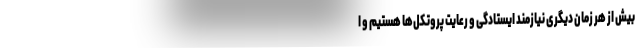
بیش از هر زمان دیگری نیازمند ایستادگی و رعایت پروتکل‌ها هستیم و ا